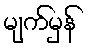
မျက်မှန်